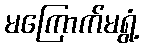
မကြောက်မရွံ့